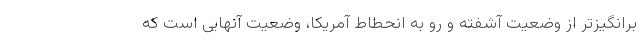
برانگیزتر از وضعیت آشفته و رو به انحطاط آمریکا، وضعیت آنهایی است که